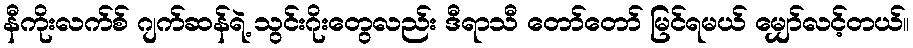
နီကိုးလက်စ် ဂျက်ဆန်ရဲ့ သွင်းဂိုးတွေလည်း ဒီရာသီ တော်တော် မြင်ရမယ် မျှော်လင့်တယ်။